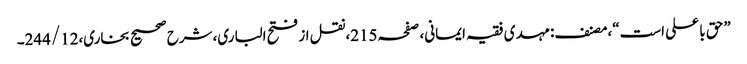
”حق با علی است“،مصنف:مہدی فقیہ ایمانی، صفحہ215،نقل از فتح الباری،شرح صحیح بخاری،244/12۔